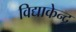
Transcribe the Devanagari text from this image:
विद्याकेन्द्र